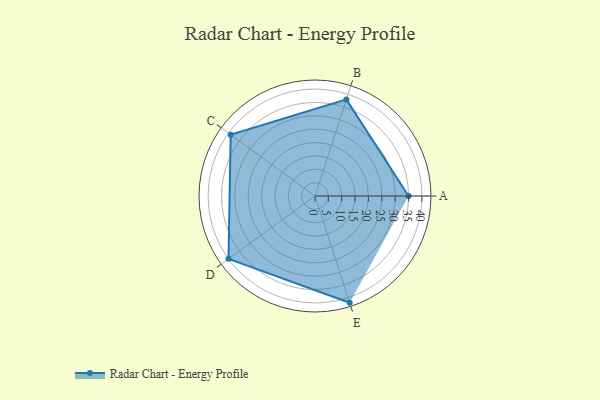
{"axis": {"x": "Skill", "y": "Score"}, "legend": ["Profile"], "data": [{"x": "A", "y": 35.0, "type": "Profile"}, {"x": "B", "y": 38.0, "type": "Profile"}, {"x": "C", "y": 39.0, "type": "Profile"}, {"x": "D", "y": 40.0, "type": "Profile"}, {"x": "E", "y": 42.0, "type": "Profile"}]}